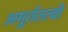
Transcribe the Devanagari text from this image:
अमूर्ततत्वों